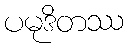
ပမုဒိတဿ